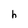
Character: h